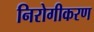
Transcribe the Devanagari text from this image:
निरोगीकरण